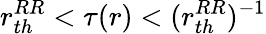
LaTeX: r_{th}^{RR}<\tau(r)<(r_{th}^{RR})^{-1}